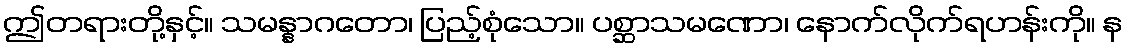
ဤတရားတို့နှင့်။ သမန္နာဂတော၊ ပြည့်စုံသော။ ပစ္ဆာသမဏော၊ နောက်လိုက်ရဟန်းကို။ န